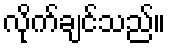
လိုက်ချင်သည်။